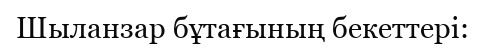
Шыланзар бұтағының бекеттері: